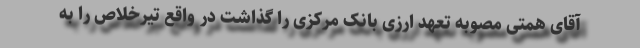
آقای همتی مصوبه تعهد ارزی بانک مرکزی را گذاشت در واقع تیرخلاص را به